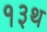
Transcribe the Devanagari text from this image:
१३थ